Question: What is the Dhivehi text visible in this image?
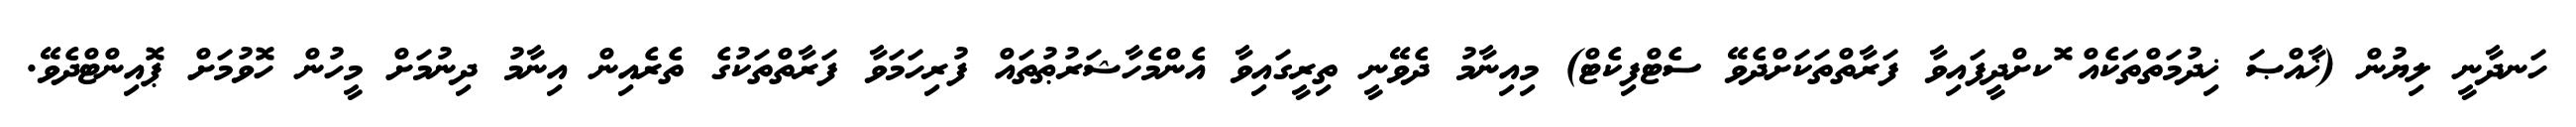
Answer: ހަނދާނީ ލިޔުން (ޚާއްޞަ ޚިދުމަތްތަކެއް ޮކށްދީފައިވާ ފަރާތްތަކަށްދެވޭ ސެޓްފިކެޓް) މިއިނާމު ދެވޭނީ ތިރީގައިވާ އެންމެހާޝަރުޠުތައް ފުރިހަމަވާ ފަރާތްތަކުގެ ތެރެއިން އިނާމު ދިނުމަށް މީހުން ހޮވުމަށް ޕޮއިންޓްދެވޭ.